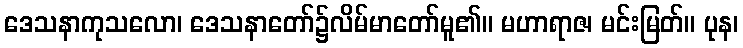
ဒေသနာကုသလော၊ ဒေသနာတော်၌လိမ်မာတော်မူ၏။ မဟာရာဇ၊ မင်းမြတ်။ ပုန၊